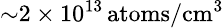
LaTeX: \small{\sim}2\times 10^{13}\, \mathrm{atoms/cm^{3}}